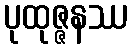
ပုထုဇ္ဇနဿ